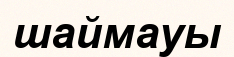
шаймауы